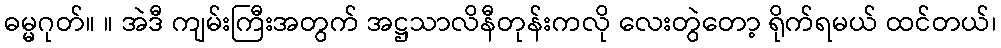
ဓမ္မဂုတ်။ ။ အဲဒီ ကျမ်းကြီးအတွက် အဋ္ဌသာလိနီတုန်းကလို လေးတွဲတော့ ရိုက်ရမယ် ထင်တယ်၊